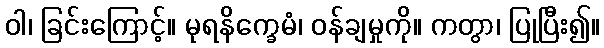
ဝါ၊ ခြင်းကြောင့်။ မုရနိက္ခေမံ၊ ဝန်ချမှုကို။ ကတွာ၊ ပြုပြီး၍။